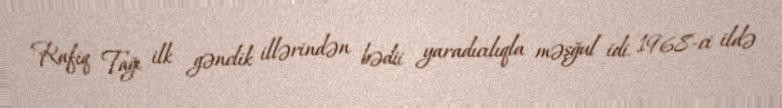
Rafiq Tağı ilk gənclik illərindən bədii yaradıcılıqla məşğul idi. 1968-ci ildə